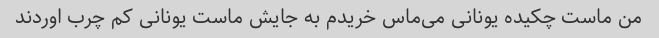
من ماست چکیده یونانی می‌ماس خریدم به جایش ماست یونانی کم چرب اوردند